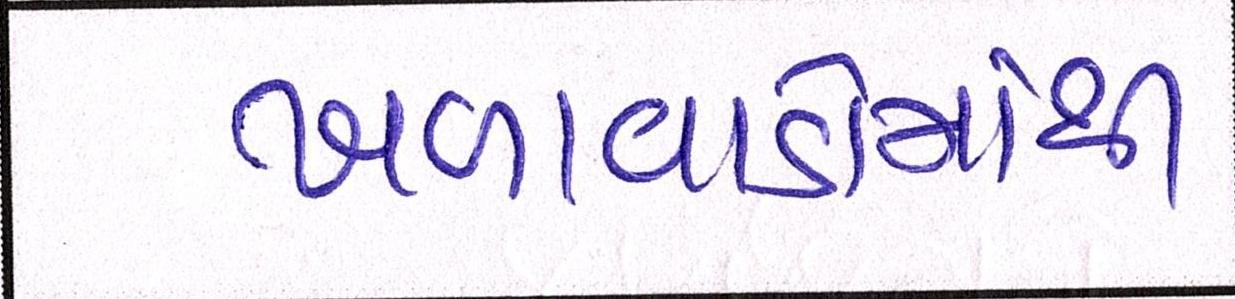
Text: ખળાવાડોમાંથી